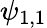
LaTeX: \psi_{1,1}